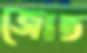
জোত